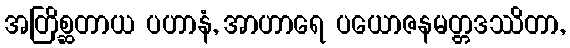
အတြိစ္ဆတာယ ပဟာနံ, အာဟာရေ ပယောဇနမတ္တဒဿိတာ,